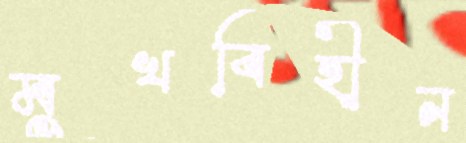
মুখবিহীন